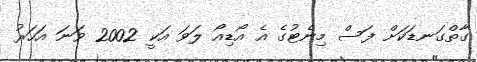
ގާތްގަނޑަކަށް ފަސް މިނެޓުގެ އެ އޯޑިއޯ ލަވަ އަކީ 2002 ވަނަ އަހަރު